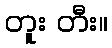
တူး တီး။